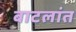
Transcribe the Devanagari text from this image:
बाटलांत